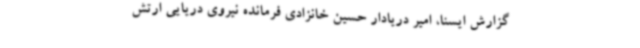
گزارش ایسنا، امیر دریادار حسین خانزادی فرمانده نیروی دریایی ارتش